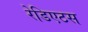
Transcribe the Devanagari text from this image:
रेडिएटस